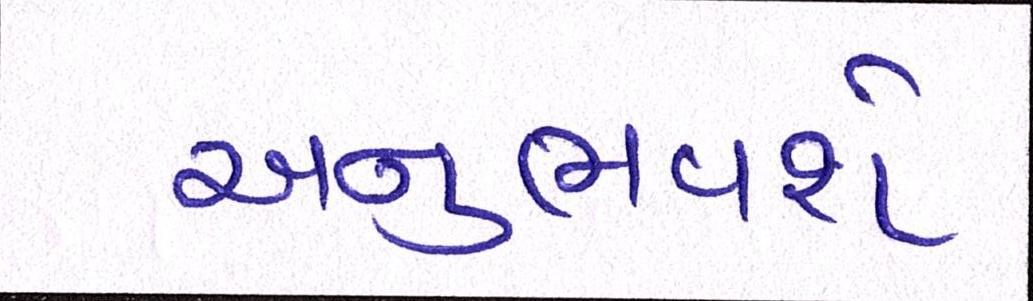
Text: અનુભવશે